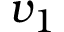
v _ { 1 }